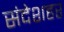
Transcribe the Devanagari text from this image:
संदेशहर